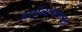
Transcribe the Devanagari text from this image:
बार्सेलोनापासून